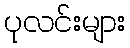
ပုလင်းများ